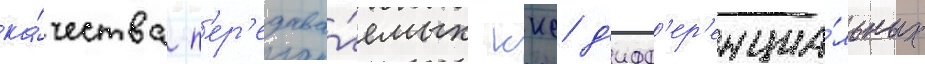
ка́чества п'ер'едава́емых ккс д'ифф'ер'енциа́льных